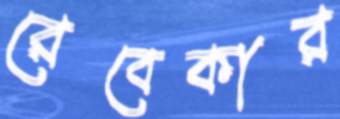
রেবেকার